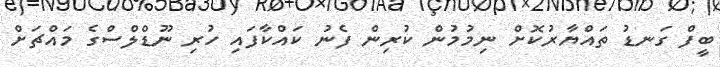
ބީފް ގަނޑު ތައްޔާރުކޮށް ނިމުމުން ކުރިން ފެނު ކައްކާފައި ހުރި ނޫޑްލްސްގެ މައްޗަށް